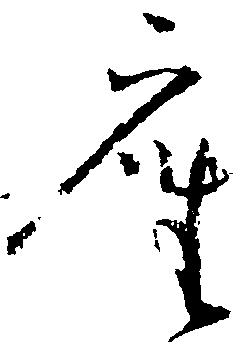
座